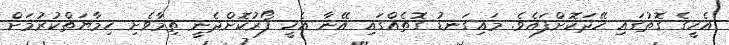
އެހީގެ ގޮތުގައި ހޭދަކޮށްފައެވެ. މައިގަނޑު ގޮތެއްގައި އޭނާ އެހީ ފޯރުކޮށްދެނީ ތިމާވެށި ހިމާޔަތްކުރުމަށް